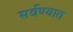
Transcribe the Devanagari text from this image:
सर्वण्यात